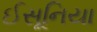
ઈસૂનિયા